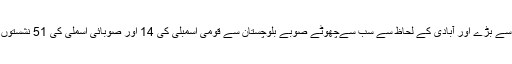
ملک کے رقبے کے لحاظ سے سب سے بڑے اور آبادی کے لحاظ سے سب سےچھوٹے صوبے بلوچستان سے قومی اسمبلی کی 14 اور صوبائی اسملی کی 51 نشستوں پر براہ راست انتخابات ہو رہے ہیں۔